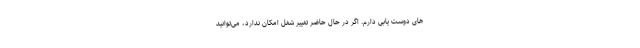
های دوست یابی دارم. اگر در حال حاضر تغییر شغل امکان ندارد، می‌توانید